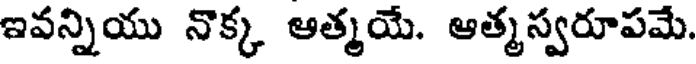
ఇవన్నియు నొక్క ఆత్మయే. ఆత్మస్వరూపమే.